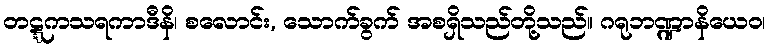
တဋ္ဋကသရကာဒီနိ၊ စလောင်း, သောက်ခွက် အစရှိသည်တို့သည်။ ဂရုဘဏ္ဍာနိယေဝ၊